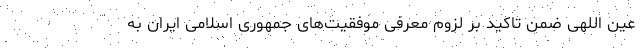
عین اللهی ضمن تاکید بر لزوم معرفی موفقیت‌های جمهوری اسلامی ایران به